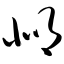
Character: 邶